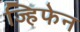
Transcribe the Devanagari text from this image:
ज्हिफेन